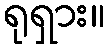
ရုရှား။